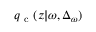
{ q _ { \mathrm { ~ c ~ } } } ( z | \omega , \Delta _ { \omega } )